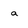
Character: a